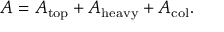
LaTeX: { \cal A } = { \cal A } _ { \mathrm { t o p } } + { \cal A } _ { \mathrm { h e a v y } } + { \cal A } _ { \mathrm { c o l } } .